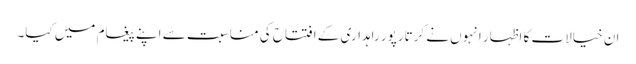
ان خیالات کا اظہار انہوں نے کرتارپور راہداری کے افتتاح کی مناسبت سے اپنے پیغام میں کیا۔